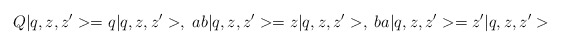
\begin{align*}Q|q,z,z^{\prime }>=q|q,z,z^{\prime }>, \; ab|q,z,z^{\prime }>=z|q,z,z^{\prime}>, \; ba|q,z,z^{\prime }>=z^{\prime }|q,z,z^{\prime }>\end{align*}